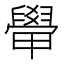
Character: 𬛽